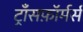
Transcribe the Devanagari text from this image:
ट्राँसफ़ॉर्मर्स